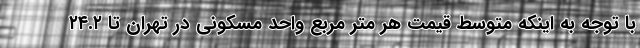
با توجه به اینکه متوسط قیمت هر متر مربع واحد مسکونی در تهران تا ۲۴.۲